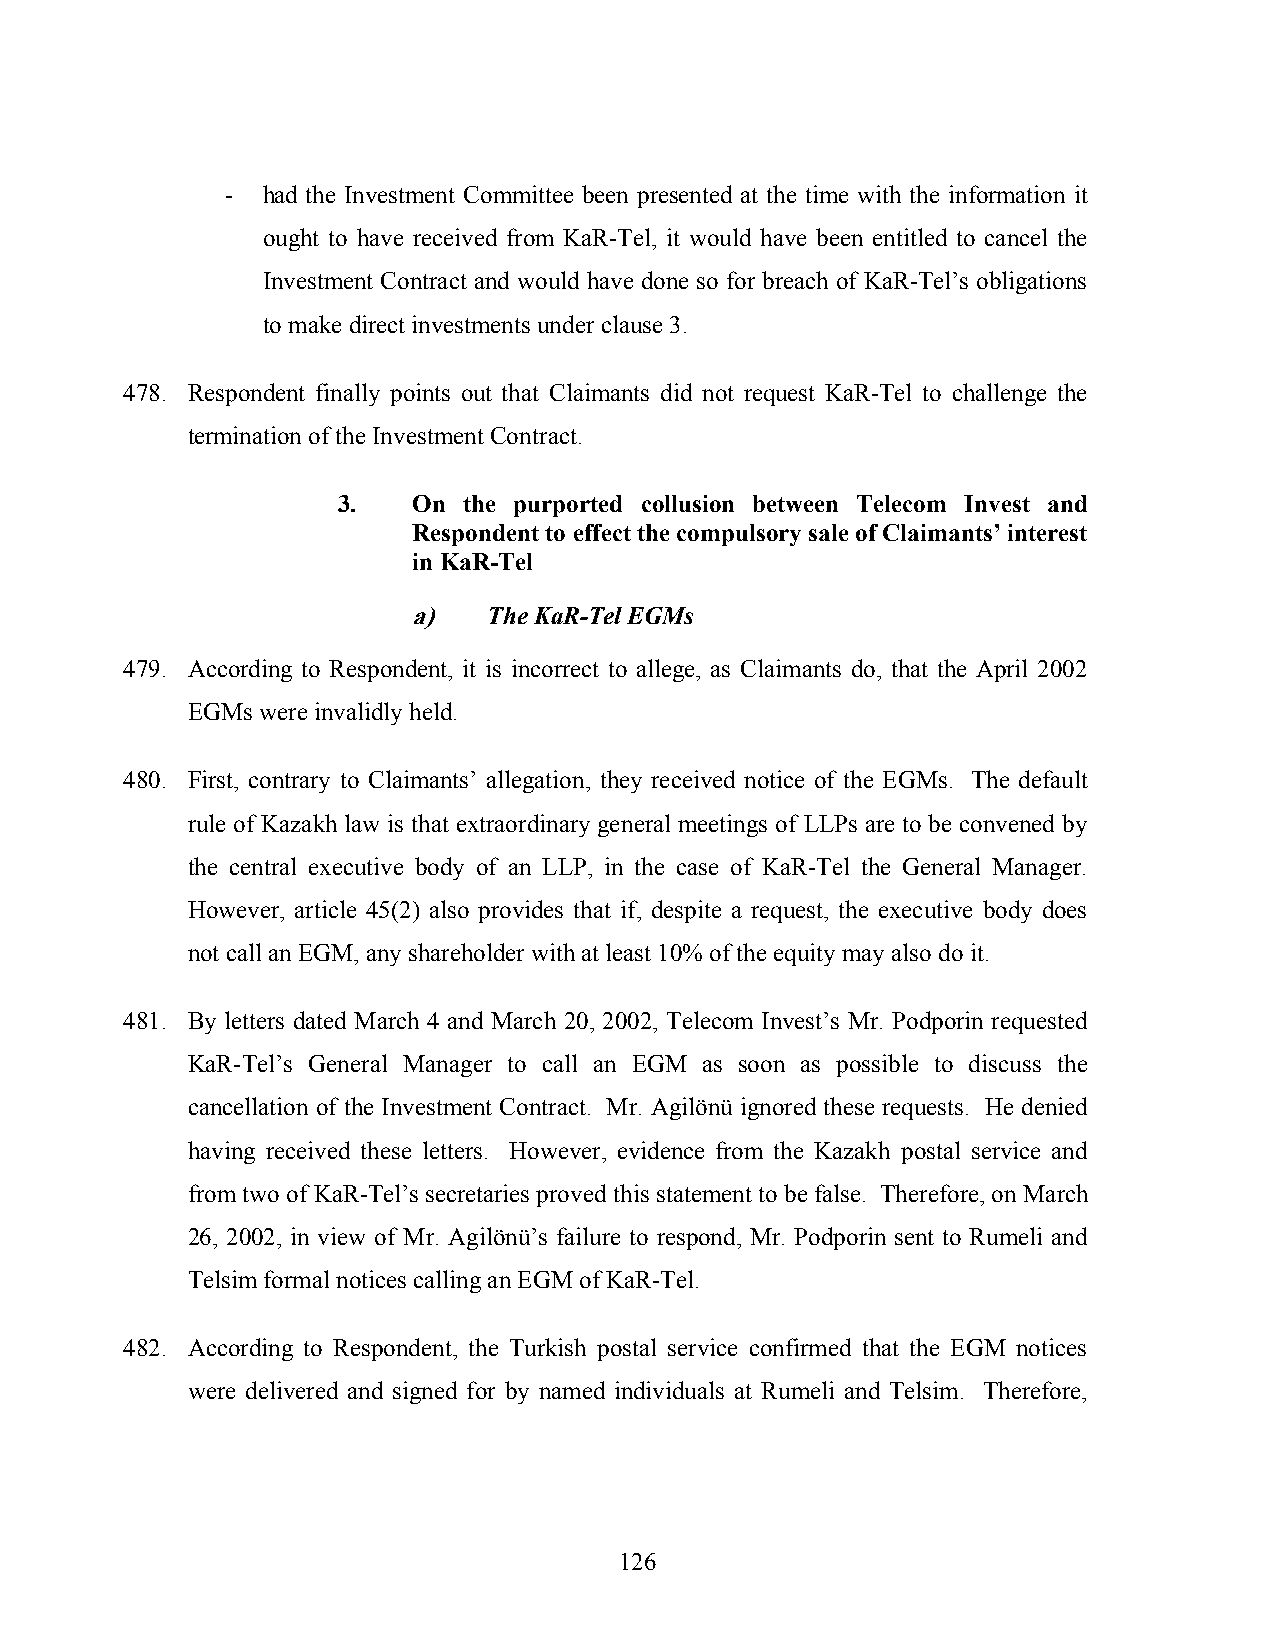
- had the Investment Committee been presented at the time with the information it
 ought to have received from KaR-Tel, it would have been entitled to cancel the
 Investment Contract and would have done so for breach of KaR-Tel’s obligations
 to make direct investments under clause 3.
 478. Respondent finally points out that Claimants did not request KaR-Tel to challenge the
 termination of the Investment Contract.
 3.   On  the purported collusion between Telecom Invest and
 Respondent to effect the compulsory sale of Claimants’ interest
 in KaR-Tel
 a)   The KaR-Tel EGMs
 479. According to Respondent, it is incorrect to allege, as Claimants do, that the April 2002
 EGMs were invalidly held.
 480. First, contrary to Claimants’ allegation, they received notice of the EGMs. The default
 rule of Kazakh law is that extraordinary general meetings of LLPs are to be convened by
 the central executive body of an LLP, in the case of KaR-Tel the General Manager.
 However, article 45(2) also provides that if, despite a request, the executive body does
 not call an EGM, any shareholder with at least 10% of the equity may also do it.
 481. By letters dated March 4 and March 20, 2002, Telecom Invest’s Mr. Podporin requested
 KaR-Tel’s General Manager to call an EGM as soon as possible to discuss the
 cancellation of the Investment Contract. Mr. Agilönü ignored these requests. He denied
 having received these letters. However, evidence from the Kazakh postal service and
 from two of KaR-Tel’s secretaries proved this statement to be false. Therefore, on March
 26, 2002, in view of Mr. Agilönü’s failure to respond, Mr. Podporin sent to Rumeli and
 Telsim formal notices calling an EGM of KaR-Tel.
 482. According to Respondent, the Turkish postal service confirmed that the EGM notices
 were delivered and signed for by named individuals at Rumeli and Telsim. Therefore,
 126